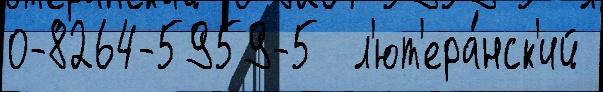
0-8264-5959-5  л'ют'ера́нск'ий